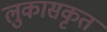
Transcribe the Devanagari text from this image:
लुकासकृत